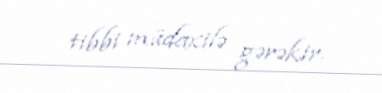
tibbi müdaxilə gərəkir.